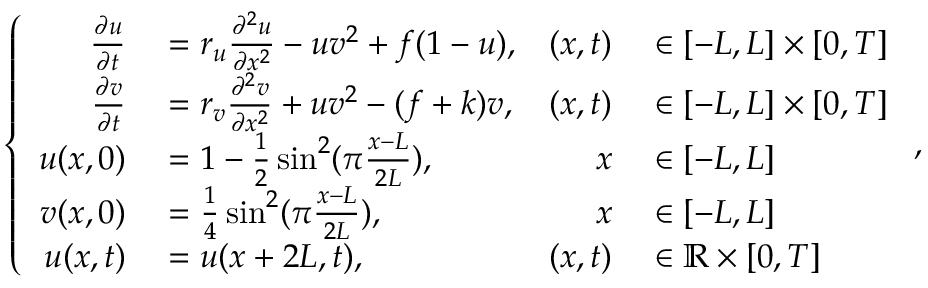
\left\{ \begin{array} { r l r l } { \frac { \partial u } { \partial t } } & { { } = r _ { u } \frac { \partial ^ { 2 } u } { \partial x ^ { 2 } } - u v ^ { 2 } + f ( 1 - u ) , } & { ( x , t ) } & { { } \in [ - L , L ] \times [ 0 , T ] } \\ { \frac { \partial v } { \partial t } } & { { } = r _ { v } \frac { \partial ^ { 2 } v } { \partial x ^ { 2 } } + u v ^ { 2 } - ( f + k ) v , } & { ( x , t ) } & { { } \in [ - L , L ] \times [ 0 , T ] } \\ { u ( x , 0 ) } & { { } = 1 - \frac { 1 } { 2 } \sin ^ { 2 } ( \pi \frac { x - L } { 2 L } ) , } & { x } & { { } \in [ - L , L ] } \\ { v ( x , 0 ) } & { { } = \frac { 1 } { 4 } \sin ^ { 2 } ( \pi \frac { x - L } { 2 L } ) , } & { x } & { { } \in [ - L , L ] } \\ { u ( x , t ) } & { { } = u ( x + 2 L , t ) , } & { ( x , t ) } & { { } \in \mathbb { R } \times [ 0 , T ] } \end{array} \right. ,